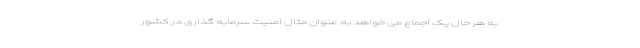
به هر حال یک اجماع می خواهد به عنوان مثال امنیت سرمایه گذاری در کشور